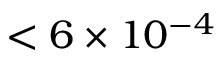
< 6 \times 1 0 ^ { - 4 }